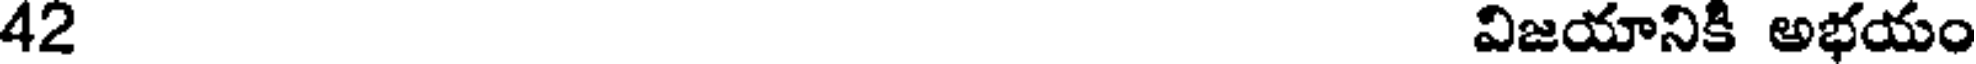
42 విజయానికి అభయం